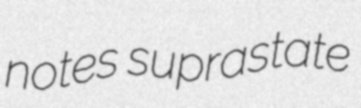
notes suprastate